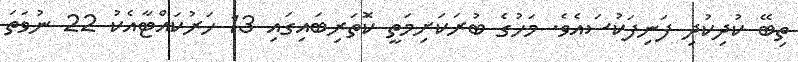
ތިބޭ ކުދިކުދި ފަނިފަކުސައެވެ. މަހުގެ ބުރަކަށިމަތީ ކޮަތަރިބައިގައި 13 ހަރުކައްޓާއެކު 22 ނުވަތަ